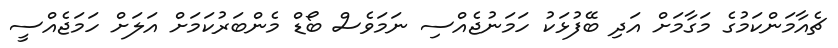
ޗެއާމަންކަމުގެ މަގާމަށް އަދި ބޭފުޅަކު ހަމަނުޖެއްސި ނަމަވެސް ބޯޑް މެންބަރުކަމަށް އަލަށް ހަމަޖެއްސީ